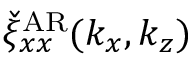
\check { \xi } _ { x x } ^ { \mathrm { A R } } ( k _ { x } , k _ { z } )